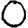
Digit: 0